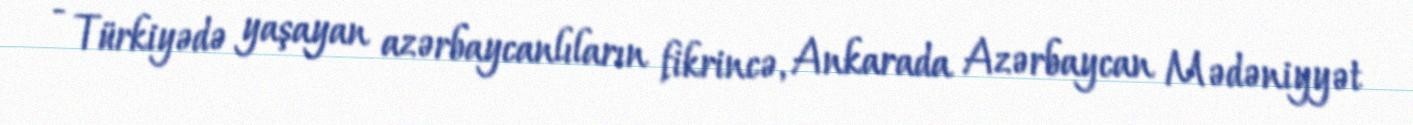
- Türkiyədə yaşayan azərbaycanlıların fikrincə, Ankarada Azərbaycan Mədəniyyət